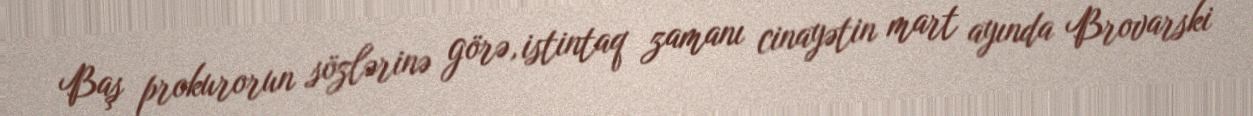
Baş prokurorun sözlərinə görə, istintaq zamanı cinayətin mart ayında Brovarski